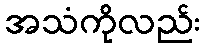
အသံကိုလည်း